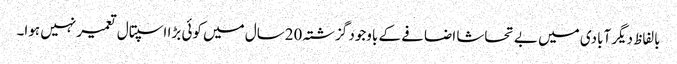
بالفاظ دیگر آبادی میں بے تحاشا اضافے کے باوجود گزشتہ 20سال میں کوئی بڑا اسپتال تعمیر نہیں ہوا۔